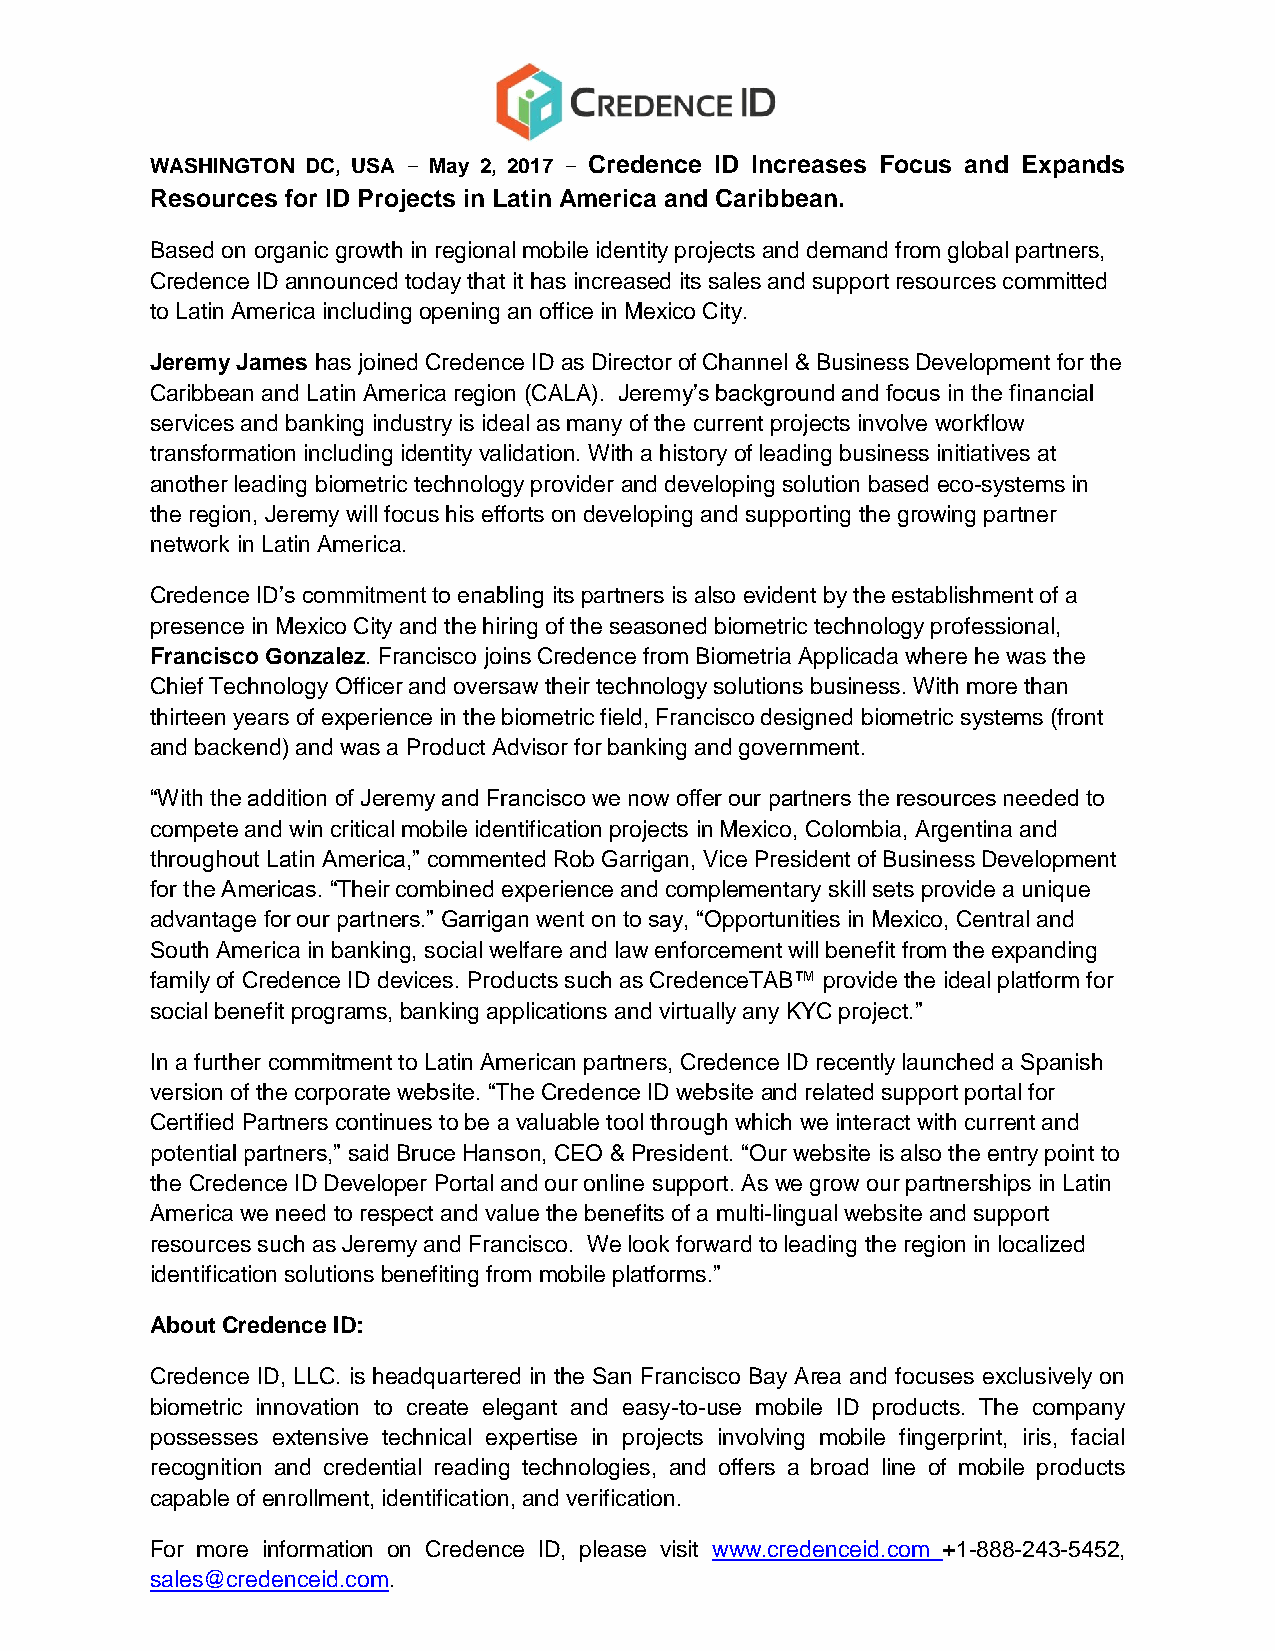
WASHINGTON DC, USA – May 2, 2017 – Credence ID Increases Focus and Expands
 Resources for ID Projects in Latin America and Caribbean.
 Based on organic growth in regional mobile identity projects and demand from global partners,
 Credence ID announced today that it has increased its sales and support resources committed
 to Latin America including opening an office in Mexico City.
 Jeremy James has joined Credence ID as Director of Channel & Business Development for the
 Caribbean and Latin America region (CALA). Jeremy’s background and focus in the financial
 services and banking industry is ideal as many of the current projects involve workflow
 transformation including identity validation. With a history of leading business initiatives at
 another leading biometric technology provider and developing solution based eco-systems in
 the region, Jeremy will focus his efforts on developing and supporting the growing partner
 network in Latin America.
 Credence ID’s commitment to enabling its partners is also evident by the establishment of a
 presence in Mexico City and the hiring of the seasoned biometric technology professional,
 Francisco Gonzalez. Francisco joins Credence from Biometria Applicada where he was the
 Chief Technology Officer and oversaw their technology solutions business. With more than
 thirteen years of experience in the biometric field, Francisco designed biometric systems (front
 and backend) and was a Product Advisor for banking and government.
 “With the addition of Jeremy and Francisco we now offer our partners the resources needed to
 compete and win critical mobile identification projects in Mexico, Colombia, Argentina and
 throughout Latin America,” commented Rob Garrigan, Vice President of Business Development
 for the Americas. “Their combined experience and complementary skill sets provide a unique
 advantage for our partners.” Garrigan went on to say, “Opportunities in Mexico, Central and
 South America in banking, social welfare and law enforcement will benefit from the expanding
 family of Credence ID devices. Products such as CredenceTAB™ provide the ideal platform for
 social benefit programs, banking applications and virtually any KYC project.”
 In a further commitment to Latin American partners, Credence ID recently launched a Spanish
 version of the corporate website. “The Credence ID website and related support portal for
 Certified Partners continues to be a valuable tool through which we interact with current and
 potential partners,” said Bruce Hanson, CEO & President. “Our website is also the entry point to
 the Credence ID Developer Portal and our online support. As we grow our partnerships in Latin
 America we need to respect and value the benefits of a multi-lingual website and support
 resources such as Jeremy and Francisco. We look forward to leading the region in localized
 identification solutions benefiting from mobile platforms.”
 About Credence ID:
 Credence ID, LLC. is headquartered in the San Francisco Bay Area and focuses exclusively on
 biometric innovation to create elegant and easy-to-use mobile ID products. The company
 possesses extensive technical expertise in projects involving mobile fingerprint, iris, facial
 recognition and credential reading technologies, and offers a broad line of mobile products
 capable of enrollment, identification, and verification.
 For more information on Credence ID, please visit www.credenceid.com +1-888-243-5452,
 sales@credenceid.com.